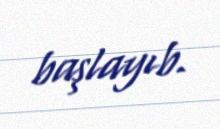
başlayıb.